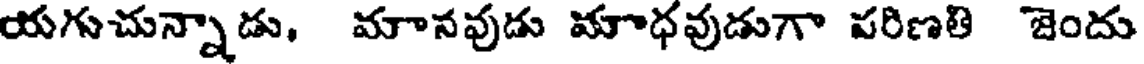
యగుచున్నాడు, మానవుడు మాధవుడుగా పరిణతి జెందు